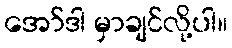
အော်ဒါ မှာချင်လို့ပါ။